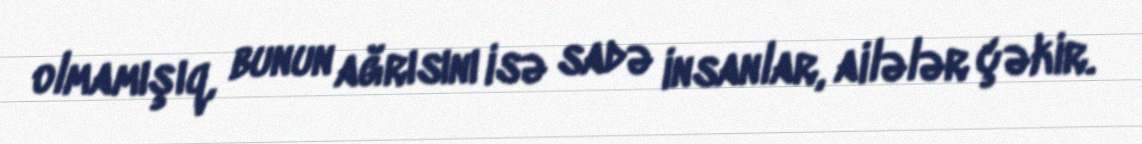
olmamışıq, bunun ağrısını isə sadə insanlar, ailələr çəkir.